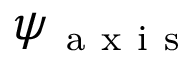
\psi _ { \mathrm { ~ a ~ x ~ i ~ s ~ } }